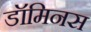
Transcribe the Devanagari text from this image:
डॉमिनस